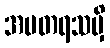
အမတရသမှိ